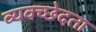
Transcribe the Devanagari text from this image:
व्यवच्छेदता